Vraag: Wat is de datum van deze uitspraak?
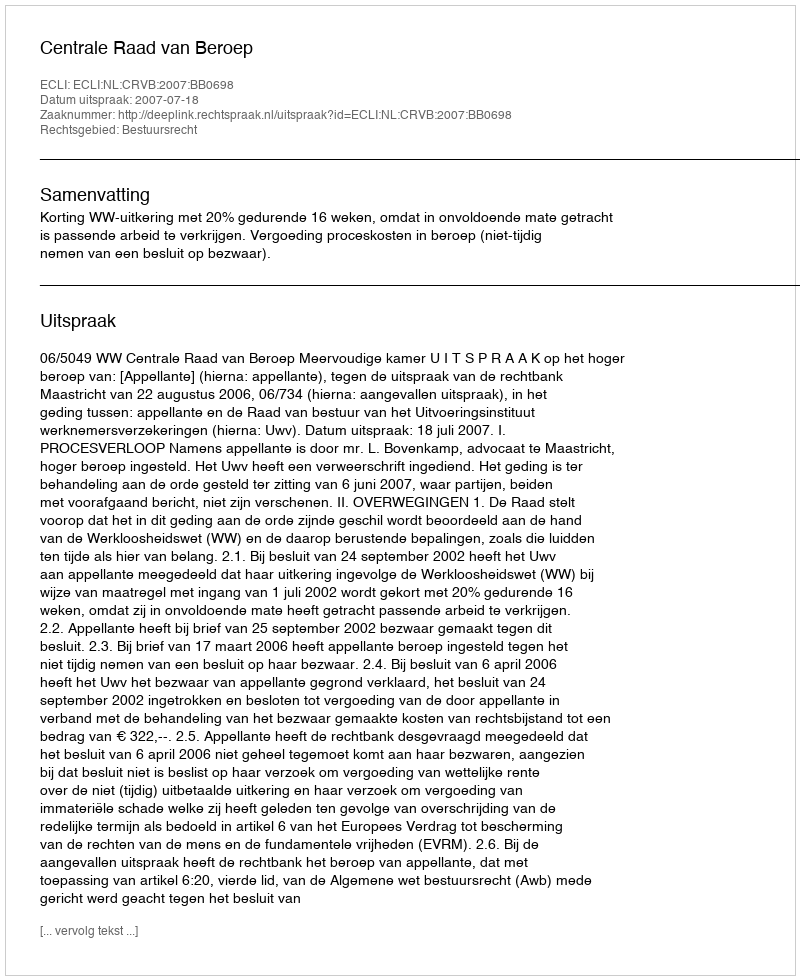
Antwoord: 2007-07-18